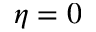
\eta = 0